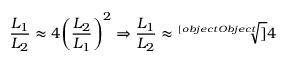
{ \frac { L _ { 1 } } { L _ { 2 } } } \approx 4 { \left( { \frac { L _ { 2 } } { L _ { 1 } } } \right) } ^ { 2 } \Rightarrow { \frac { L _ { 1 } } { L _ { 2 } } } \approx { \sqrt [ [object Object] ] { 4 } } \,